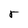
Character: r